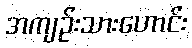
အကျဉ်းသားဟောင်း